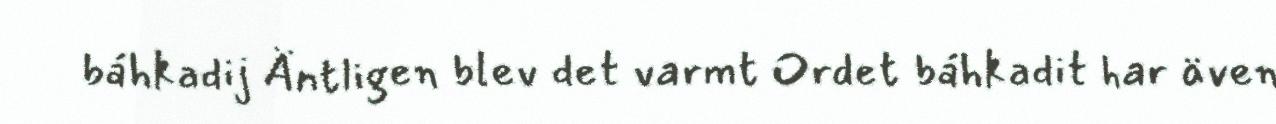
báhkadij Äntligen blev det varmt Ordet báhkadit har även